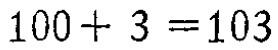
\(100 + 3 = 103\)